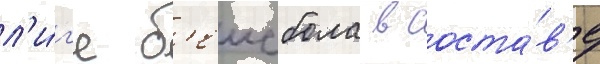
л'и́г'е б'еисбола в соста́в'е